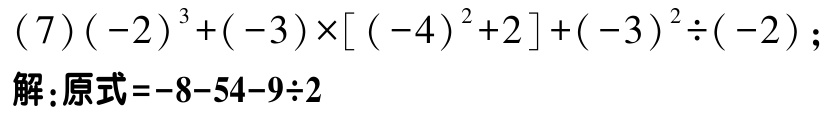
\((7)(-2)^{3}+(-3)\times[(-4)^{2}+2]+(-3)^{2}\div(-2);\)
解：原式\(=-8 - 54-9\div2\)